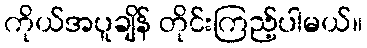
ကိုယ်အပူချိန် တိုင်းကြည့်ပါမယ်။